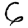
Digit: 6